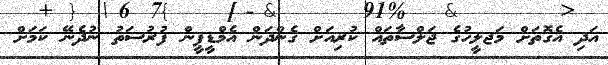
އަދި އެގޮތަށް މަޖލީހުގެ ޖަލްސާތައް ކުރިއަށް ގެންދަން އެމްޑީޕީން ފުރުސަތު ނުދެނޭ ކަަމަށް